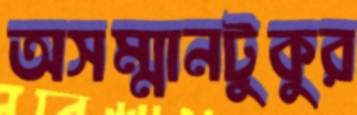
অসম্মানটুকুর